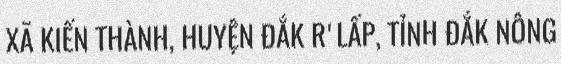
XÃ KIẾN THÀNH, HUYỆN ĐẮK R'LẤP, TỈNH ĐẮK NÔNG